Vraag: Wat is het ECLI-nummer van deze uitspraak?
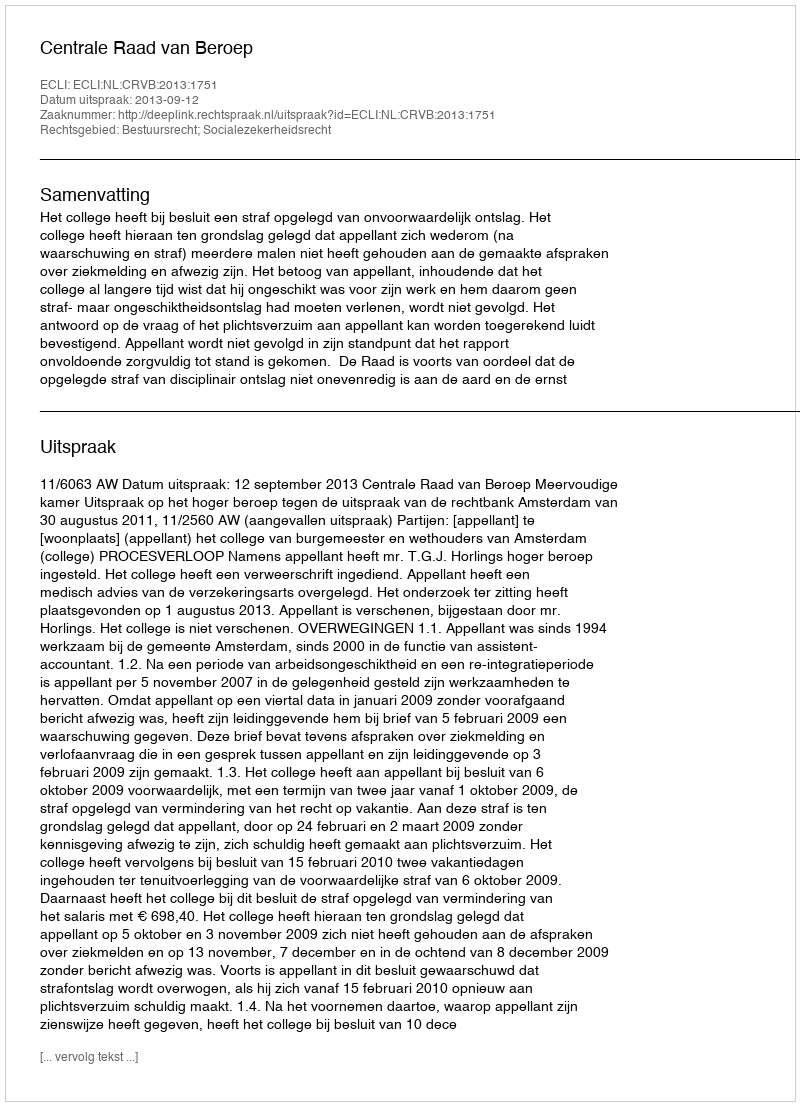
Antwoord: ECLI:NL:CRVB:2013:1751